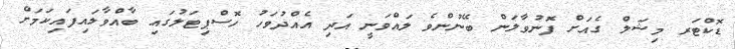
ޑޮކްޓަރ މިޝަލް ގެއަށް ފޮނުވާލަން ބޭނުންވެ ލައްވަނީ އަދި އެއްދުވަހު ހޮސްޕިޓަލުގައި ބާއްވާލައިފައިކަމަށް